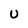
Character: U